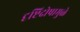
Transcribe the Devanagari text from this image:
दृष्टिदोषामुळे